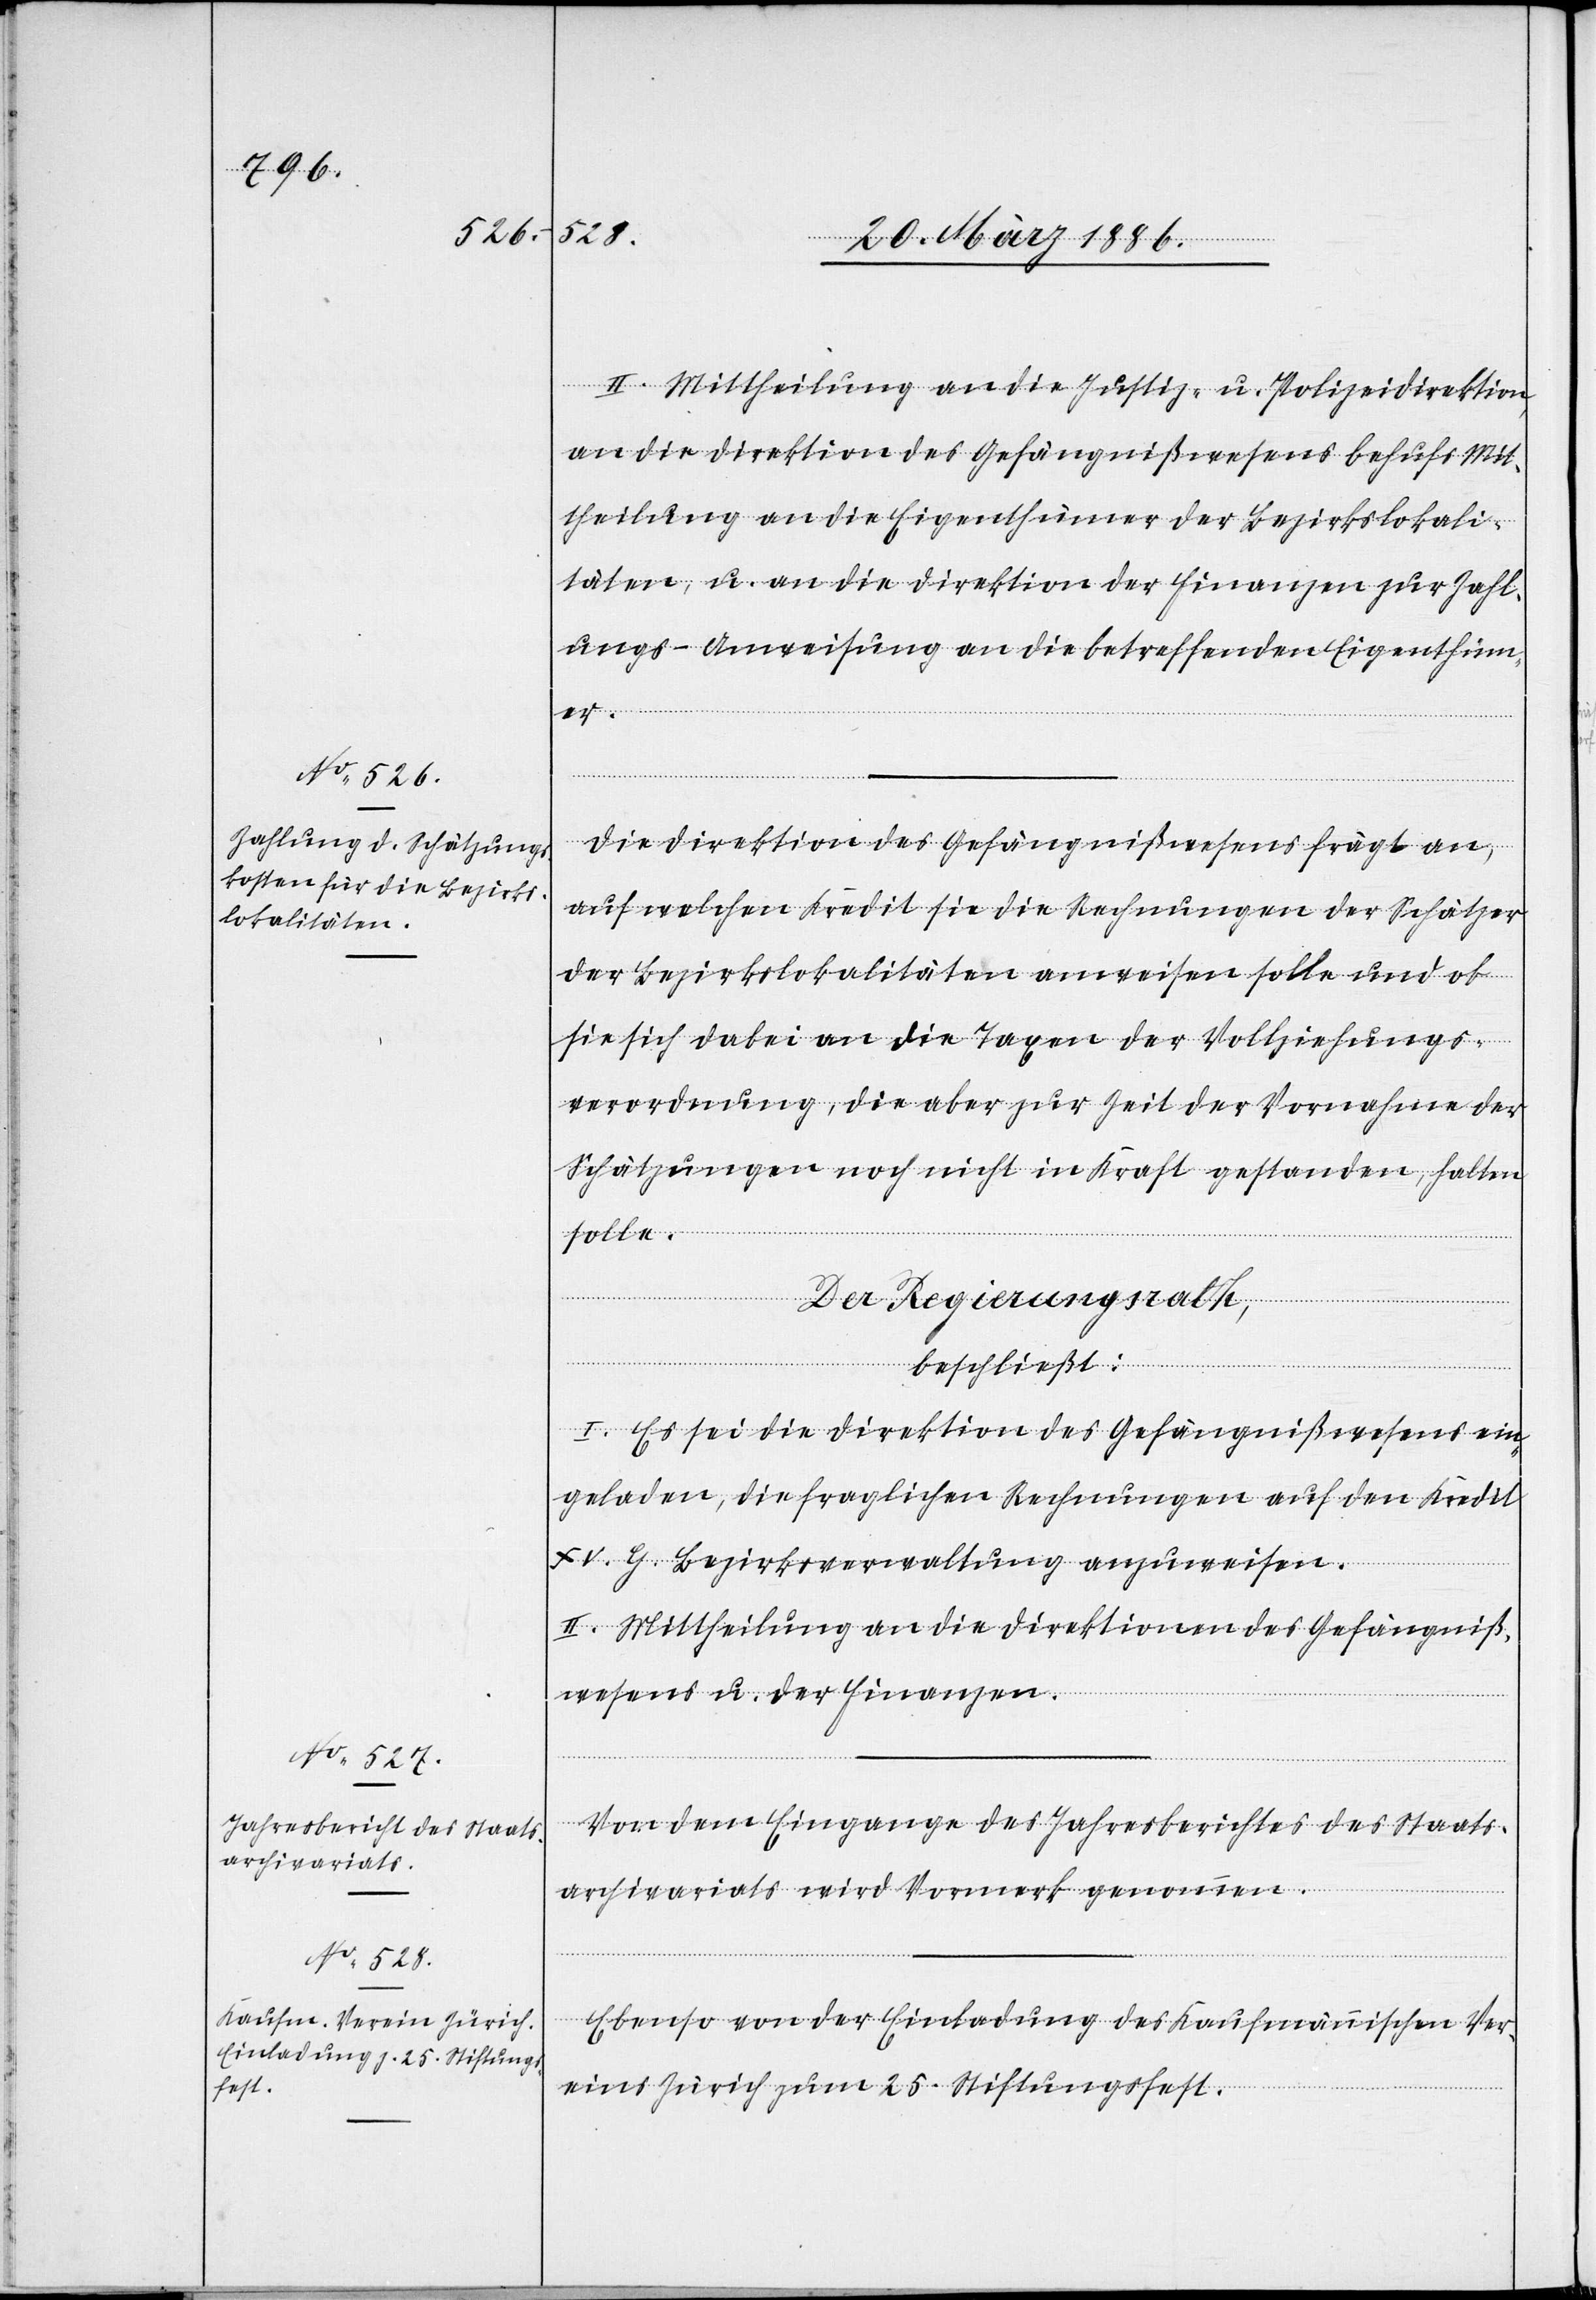
II. Mittheilung an die Justiz- u. Polizeidirektion,
an die Direktion des Gefängnißwesens behufs Mit¬
theilung an die Eigenthümer der Bezirkslokali¬
täten, u. an die Direktion der Finanzen zur Zahl¬
ungs-Anweisung an die betreffenden Eigenthüm¬
[Fortsetzung
Die Direktion des Gefängnißwesens frägt an,
auf welchen Kredit sie die Rechnungen der Schätzer
der Bezirkslokalitäten anweisen solle und ob
sie sich dabei an die Taxen der Vollziehungs¬
verordnung, die aber zur Zeit der Vornahme der
Schätzungen noch nicht in Kraft gestanden, halten
solle.
Der Regierungsrath,
beschließt:
I. Es sei die Direktion des Gefängnißwesens ein¬
geladen, die fraglichen Rechnungen auf den Kredit
XV. G. Bezirksverwaltung anzuweisen.
II. Mittheilung an die Direktionen des Gefängniß¬
wesens u. der Finanzen.
Von dem Eingange des Jahresberichtes des Staats¬
archivariats wird Vormerk genommen.
Ebenso von der Einladung des Kaufmännischen Ver¬
eins Zürich zum 25. Stiftungsfest.